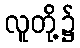
လူတို့၌